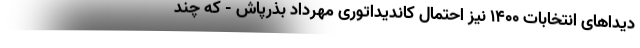
دیداهای انتخابات ۱۴۰۰ نیز احتمال کاندیداتوری مهرداد بذرپاش - که چند